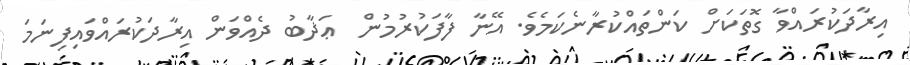
އިރާދަކުރައްވާ ގޮތަކަށް ކަންތައްކުރާނެކަމެވެ. އޭނާ ފާފަކުރުމުން  ޢަޛާބު ދެއްވަން އިރާދަކުރައްވައިފިނަމަ